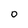
Character: 0